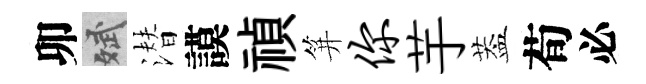
卯斌潜謨禎笄你芋葢荀必